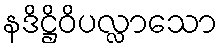
နဒိဋ္ဌိဝိပလ္လာသော